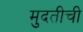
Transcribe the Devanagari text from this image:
मुदतीची